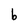
Character: b